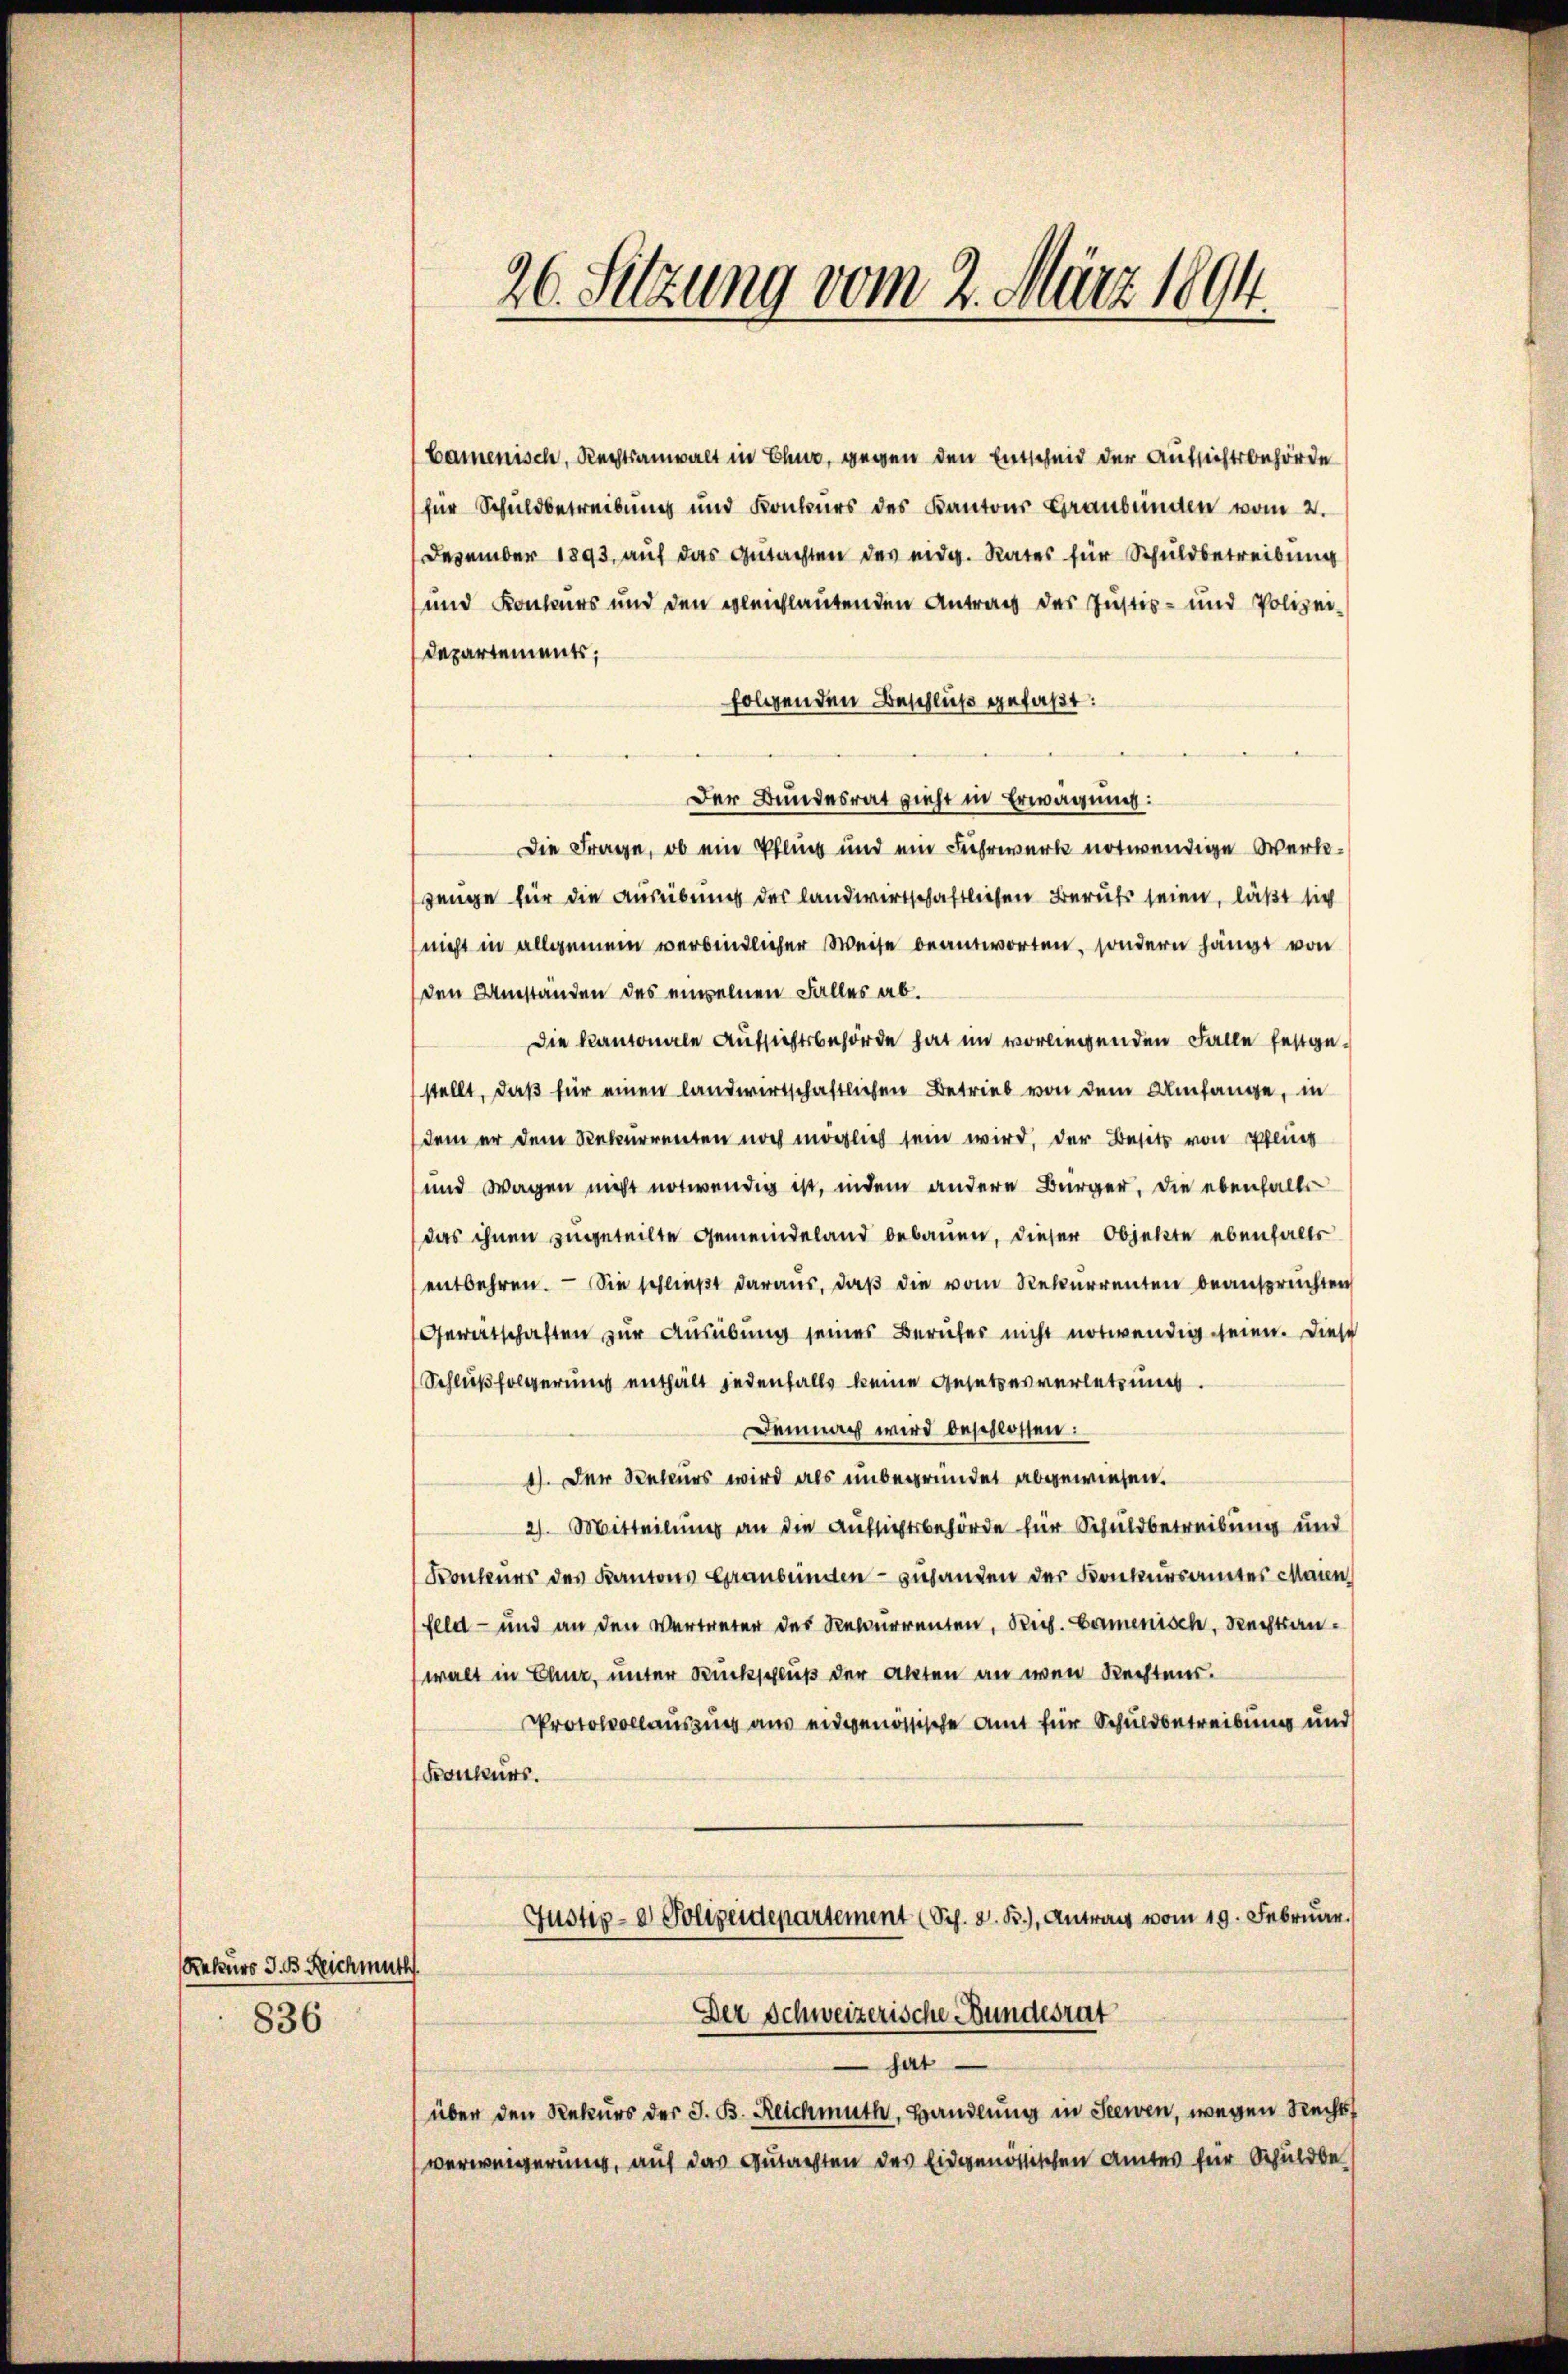
Rekurs J. B. Reichmuth
836

26. Sitzung vom 2. März 1894.

bamenisch, Rechtsanwalt in Chur, gegen den Entscheid der Aufsichtsbehörde
für Schuldbetreibung und Konkurs des Kantons Graubünden vom 2.
Dezember 1893, auf das Gutachten des eidg. Rates für Schuldbetreibung
und Konkurs und den gleichlautenden Antrag des Justiz- und Polizei
Departements;
folgenden Beschluß gefaßt:
Der Bundesrat zieht in Erwägung:
Die Frage, ob ein Pflich und ein Fuhrwerk notwendige Werk¬
Zeuge für die Ausübung des landwirtschaftlichen Berufs seien, läßt sich
nicht in allgemein verbindlicher Weise beantworten, sondern hängt von
den Umständen des einzelnen Falles ab.
Die Kantonale Aufsichtsbehörde hat im vorliegenden Falle festgestellt, daß für einen landwirtschaftlichen Betrieb von dem Umfange, in
dem er dem Rekurrenten noch möglich sein wird, der Besetz von Pflich
und Wagen nicht notwendig ist, indem andere Bürger, die ebenfalls
das ihnen zugeteilte Gemeindeland bebauen, dieser Objekte ebenfalls
entbehren. — Sie schließt daraus, daß die vom Rekurrenten beansprüchten
Gerätschaften zur Ausübung seines Berufer nicht notwendig seien. Diese
Schlußfolgerung enthält jedenfalls keine Gesetzesverletzung.
Demnach wird beschlossen:
1). Der Rekurs wird als unbegründet abgewiesen.
2). Mitteilung an die Aufsichtsbehörde für Schuldbetreibung und
Konkurs des Kantons Graubünden - zuhanden der Konkursamtes Maien
feld- und an den Vertreter des Rekurrenten, Reg. Carmenisch, Rechtsanwalt in Chur, unter Rückschluß der Akten an wen Rechtens.
Protokollauszug aus eidgenössische Amt für Schuldbetreibung und
Konkurs.
Justiz- & Polizeidepartement (Sch. d. B.), Antrag vom 19. Februar.
Der Schweizerische Bundesrat
hat
über den Rekurs der J. B. Reichmuth, Handlung in Seewen, wegen Rechtsverweigerung, auf das Gutachten des Eidgenössischen Amtes für Schuldbe